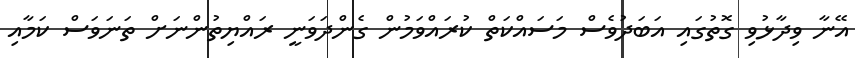
އޭނާ ވިދާޅުވި ގޮތުގައި އަބަދުވެސް މަސައްކަތް ކުރައްވަމުން ގެންދަވަނީ ރައްޔިތުންނަށް ތަނަވަސް ކަމާއި